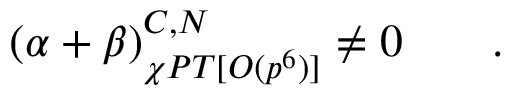
( \alpha + \beta ) _ { \chi P T [ { \cal { O } } ( p ^ { 6 } ) ] } ^ { C , N } \neq 0 \; \; \; \; \; \; \; .